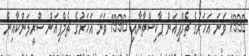
1992 ވަނަ އަހަރުގެ ޗެމްޕިއަން ޕާކިސްތާނާއި 1996 ވަނަ އަހަރުގެ ޗެމްޕިއަން ސްރީލަންކާއިން